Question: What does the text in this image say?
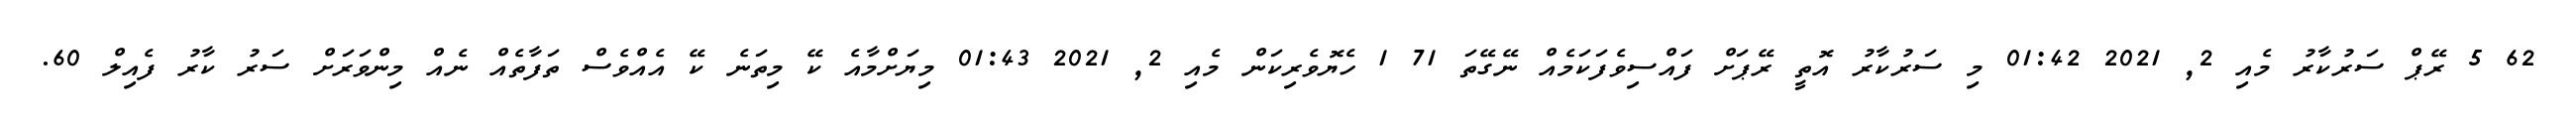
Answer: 62 5 ރޭޕް ސަރުކާރު މެއި 2, 2021 01:42 މި ސަރުކާރު އޮތީ ރޭޕަށް ފައްސިވެފަކަމެއް ނޭގޭތަ 71 1 ހެޔޮވެރިކަން މެއި 2, 2021 01:43 މިޔަށްމާއެ ކޭ މިތަނެ ކޭ އެއްވެސް ތަފާތެއް ނެއް މިންވަރަށް ސަރު ކާރު ފެއިލް 60.